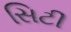
સિટી